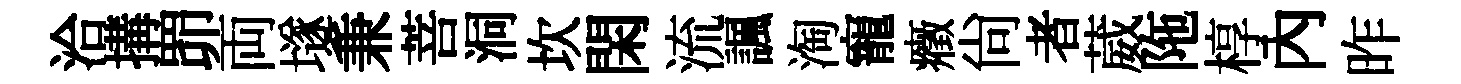
洽搆𦊑両𡑞兼菩洞坎閑流諷淘寵癥尙者葳陁椁內昨